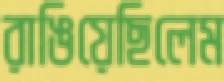
রাঙিয়েছিলেম